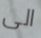
الى